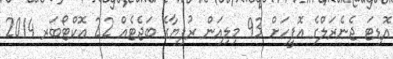
އޮޑިޓަ ޖެނެރަލްގެ އޮފީހަށް 93 މިލިއަން ރުފިޔާގެ ބަޖެޓެއް 22 އޮކްޓޯބަރ 2014